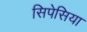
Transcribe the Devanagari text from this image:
सिपेसिया